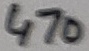
Text: 470